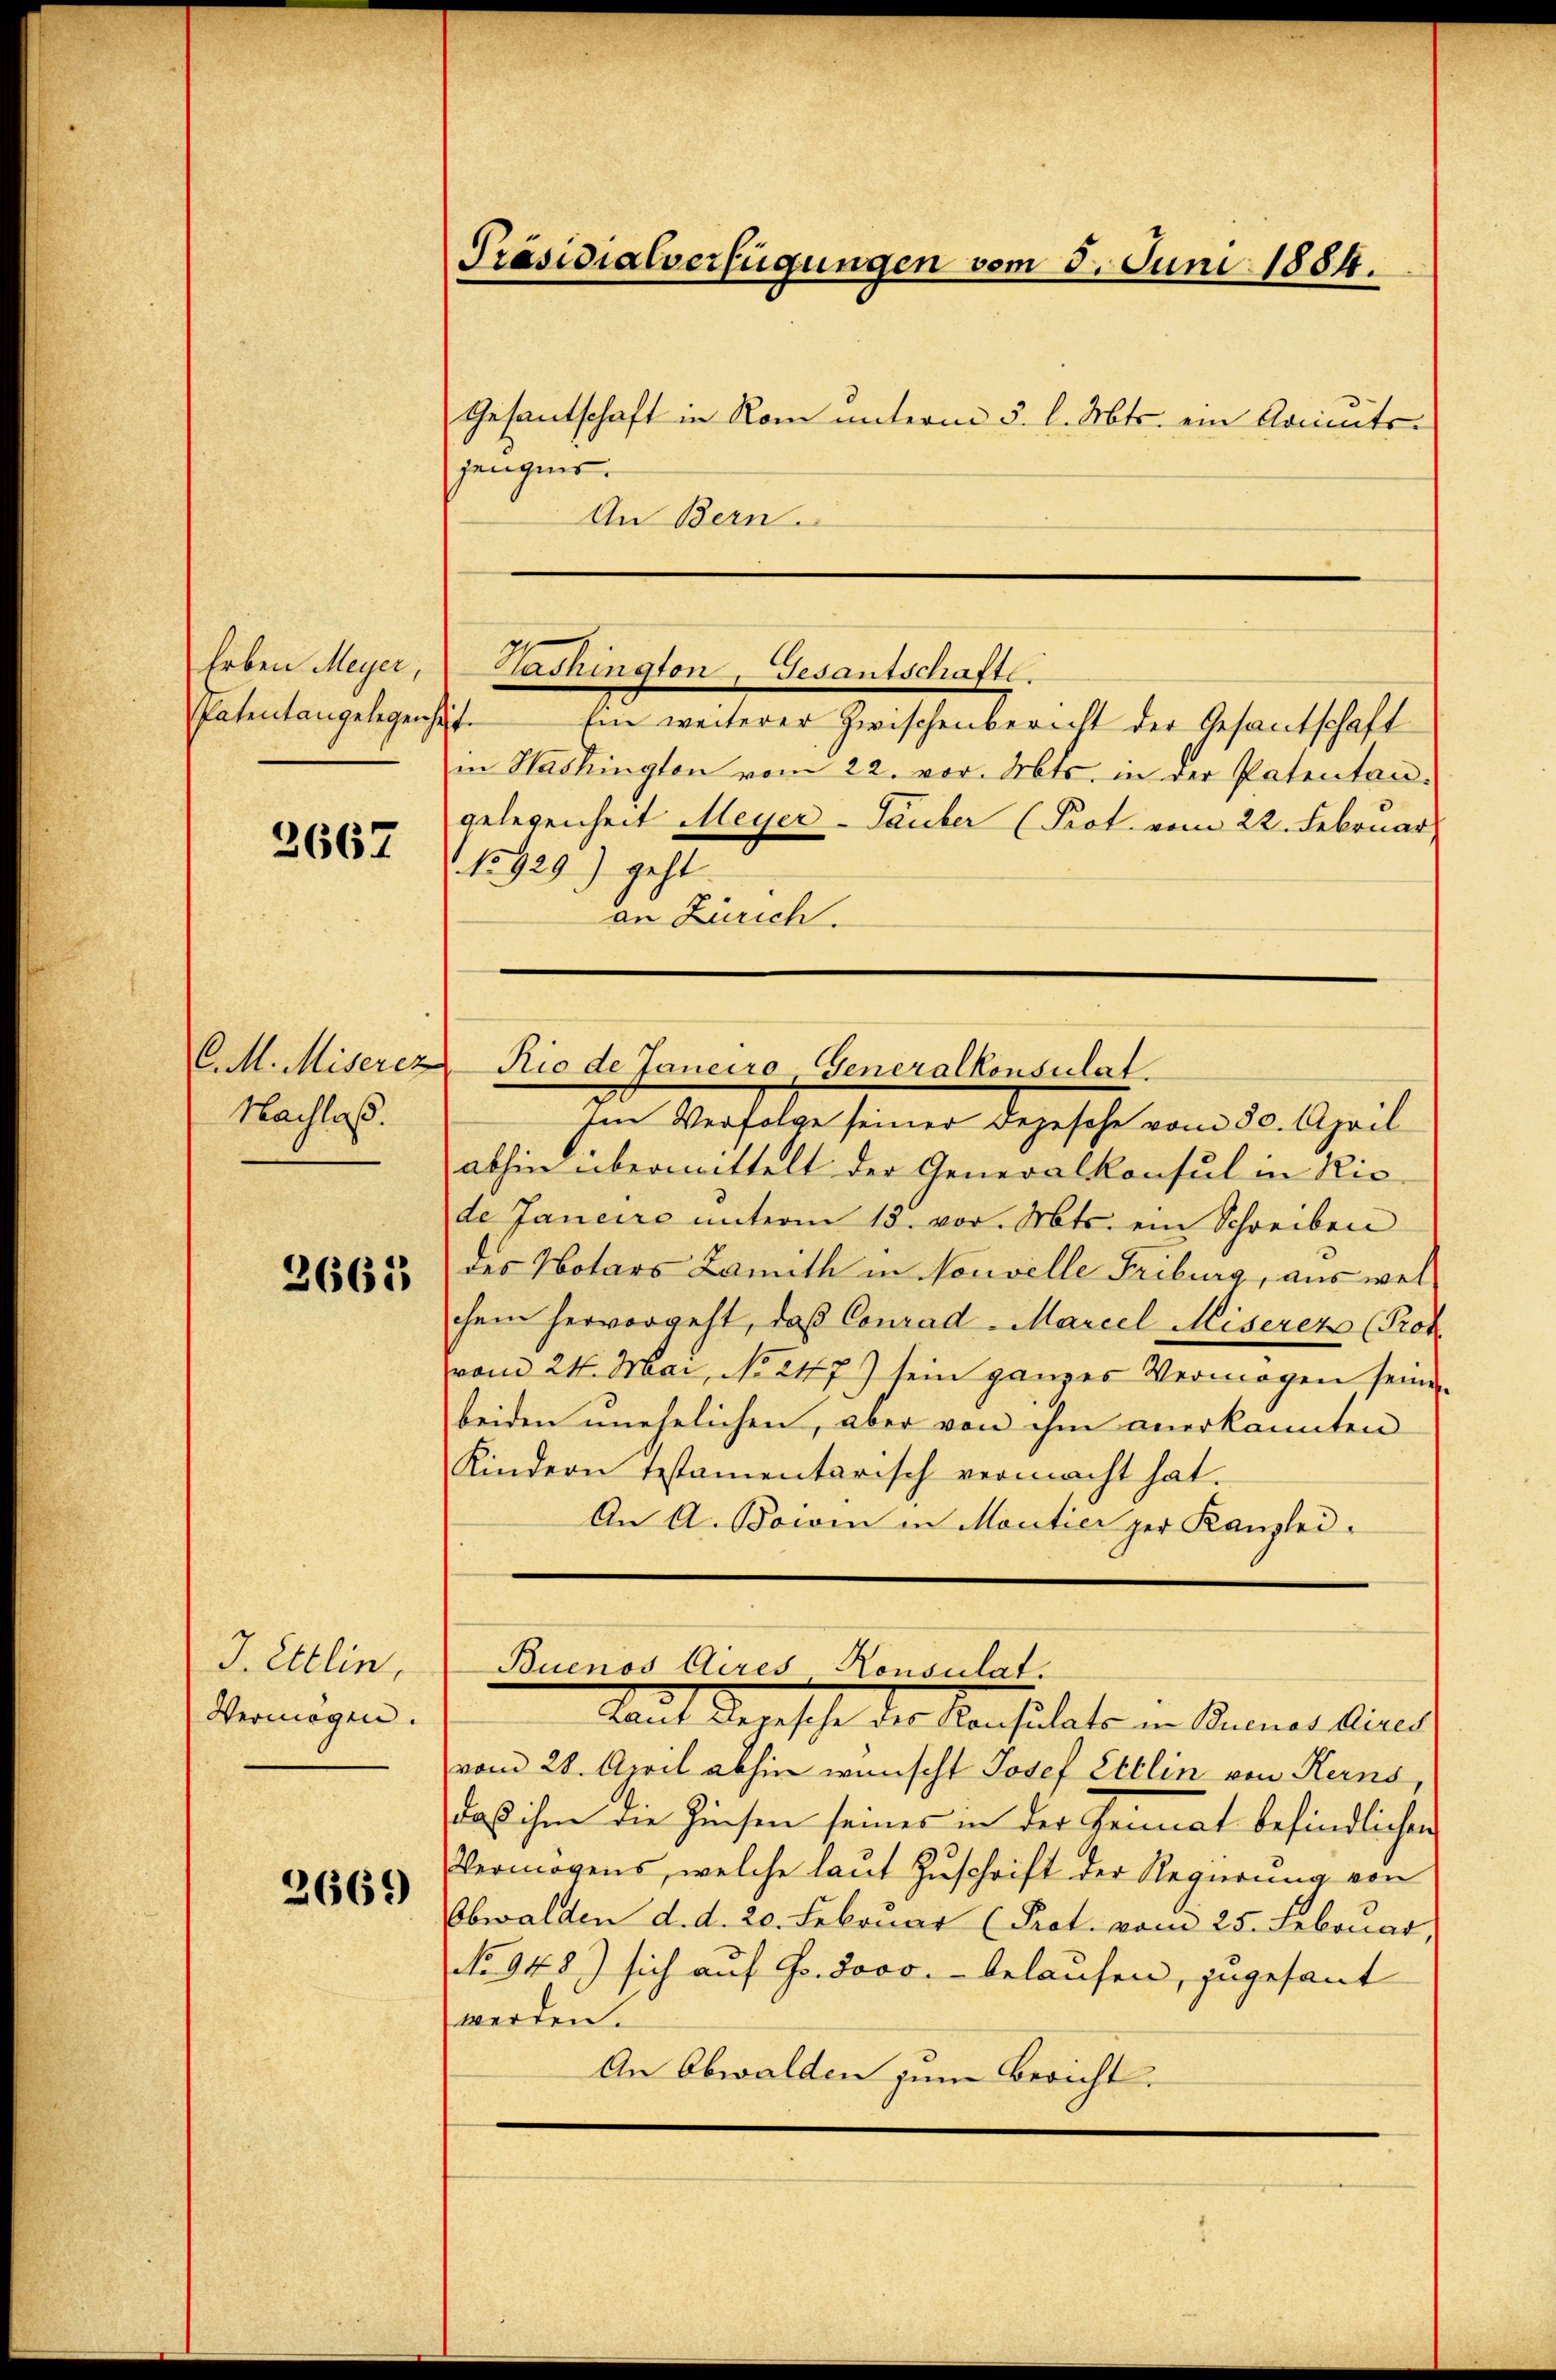
Erben Meyer,
Patentangelegenhe

3667

C.M. Miserez
Nachlaß.

2663

J. Ettlin,
Vermögen.

2669

Präsidialverfügungen vom 5. Juni 1884.
Gesantschaft in Rom unterm 3. l. Mts. ein Armutsjengnis.

An Bern.

in Hackington vom 22. vor. Mts. in der Patentangelegenheit Meyer-Tauber (Prot. vom 22. Februar
15929) geht.
an Zürich.
Im Verfolge seiner degesehe vom 30. April
abhin übermittelt der Generalkonsul in Riede Janeiro unterm 13. vor. Mts. ein Schreiben
des Notars Lamith in Nouvelle Fribourg, aus welchem hervorgeht, daß Conrad-Marcel Miserers (Prof.
vom 24. Mai, No 247) sein ganzes Vermögen seinen
beiden unehelichen, aber von ihm anerkannten
Kindern testamentarisch vermacht hat.
An A. Bowen in Moutier per Kanzlei-
Buenos Aires Konsulat.
laut Begesche der Konsulato in Bannes Aus
vom 28. April abhin wünscht Josef Ettlin von Kerns,
daß ihm die Zinsen seines in der Heimat befindlicher
Vermögens, welche laut Zuschrift der Regierung von
Obwalden d. d. 20. Februar (Prot. vom 25. Februar,
No 948) sich auf Fr. 3000.- belaufen, zugesant
werden.
An Obwalden zum Bericht.

Tashington, Gesantschafte.
1. Ein weiterer Zwischenbericht der Gesantschaft

Rio de Janeiro Generalkonsulat